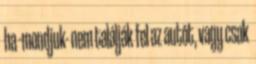
ha -mondjuk- nem találják fel az autót, vagy csak